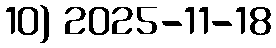
10) 2025-11-18